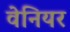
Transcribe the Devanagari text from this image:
वेनियर